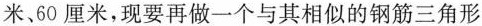
米、60厘米，现要再做一个与其相似的钢筋三角形